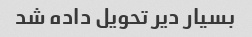
بسیار دیر تحویل داده شد